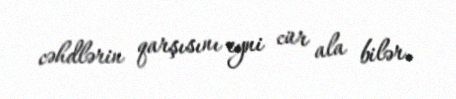
cəhdlərin qarşısını eyni cür ala bilər.